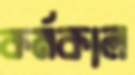
কর্মকাল